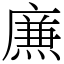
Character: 㢘